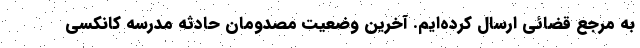
به مرجع قضائی ارسال کرده‌ایم. آخرین وضعیت مصدومان حادثه مدرسه کانکسی